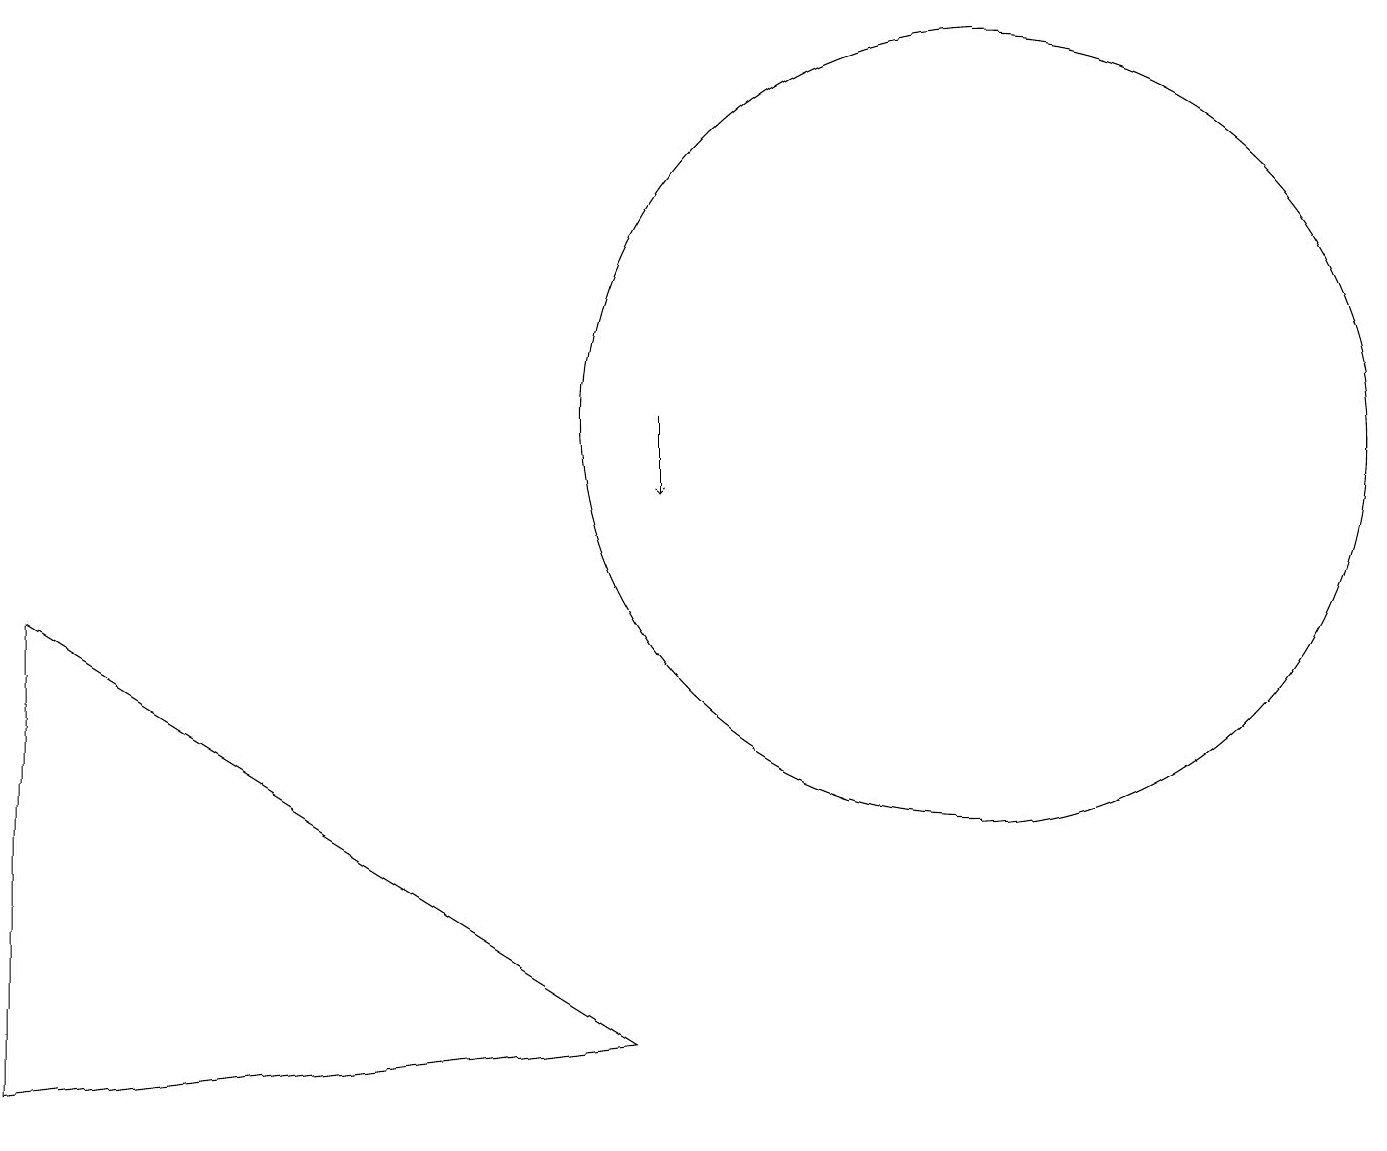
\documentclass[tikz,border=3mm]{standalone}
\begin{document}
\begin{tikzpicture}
\draw (12,11) circle (5);
\draw[->] (8,11) -- (8,10);
\draw (0,8) -- (0,2) -- (8,3) -- cycle;
\draw (2,14) rectangle (2,14);
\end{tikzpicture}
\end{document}